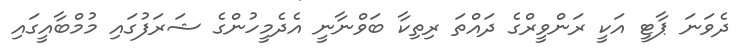
ދެވަނަ ޕާޓީ އަކީ ރަންވީރްގެ ދައްތަ ރިތިކާ ބަވްނާނީ އެދެމީހުންގެ ޝަރަފުގައި މުމްބާއީގައި